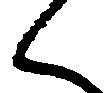
く